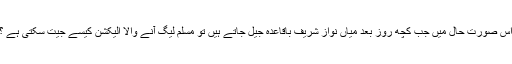
اس صورت حال میں جب کچھ روز بعد میاں نواز شریف باقاعدہ جیل جاتے ہیں تو مسلم لیگ آنے والا الیکشن کیسے جیت سکتی ہے ؟